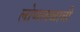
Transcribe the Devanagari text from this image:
लोणावळाची